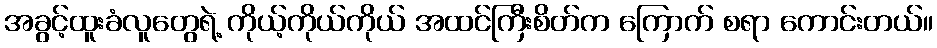
အခွင့်ထူးခံလူတွေရဲ့ ကိုယ့်ကိုယ်ကိုယ် အထင်ကြီးစိတ်က ကြောက် စရာ ကောင်းတယ်။